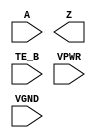
module sky130_fd_sc_hs__einvn (
    //# {{data|Data Signals}}
    input  A   ,
    output Z   ,

    //# {{control|Control Signals}}
    input  TE_B,

    //# {{power|Power}}
    input  VPWR,
    input  VGND
);
endmodule